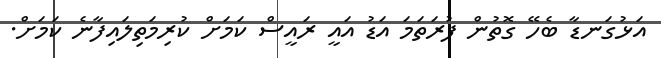
އަޅުގަނޑާ ބެހޭ ގޮތުން ފުރަތަމަ އަޑު އައީ ރައީސް ކަމަށް ކުރިމަތިލައިފާނެ ކަމަށް.